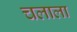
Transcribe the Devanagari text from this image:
चलाला